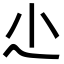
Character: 尐